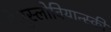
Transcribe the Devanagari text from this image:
मेजुस्लोवियान्स्की